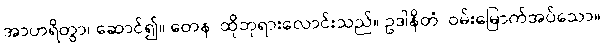
အာဟရိတွာ၊ ဆောင်၍။ တေန၊ ထိုဘုရားလောင်းသည်။ ဥဒါနိတံ၊ ဝမ်းမြောက်အပ်သော။